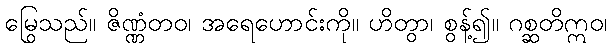
မြွေသည်။ ဇိဏ္ဏံတဝ၊ အရေဟောင်းကို။ ဟိတွာ၊ စွန့်၍။ ဂစ္ဆတိဣဝ၊